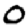
Digit: 0